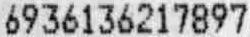
6936136217897